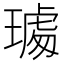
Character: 𤩁